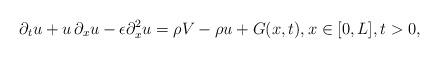
LaTeX: \begin{align*}\begin{aligned}\partial_tu + u\,\partial_x u - \epsilon \partial^2_x u = \rho V - \rho u + G(x,t), x \in [0,L], t > 0,\end{aligned}\end{align*}